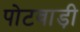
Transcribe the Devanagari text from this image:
पोटवाड़ी